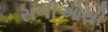
સળીઓથી